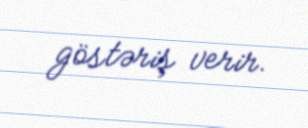
göstəriş verir.